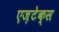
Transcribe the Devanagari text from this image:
एज़टेक्स